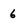
Character: 6